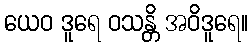
ယေဝ ဒူရေ ဝသန္တိ အဝိဒူရေ။